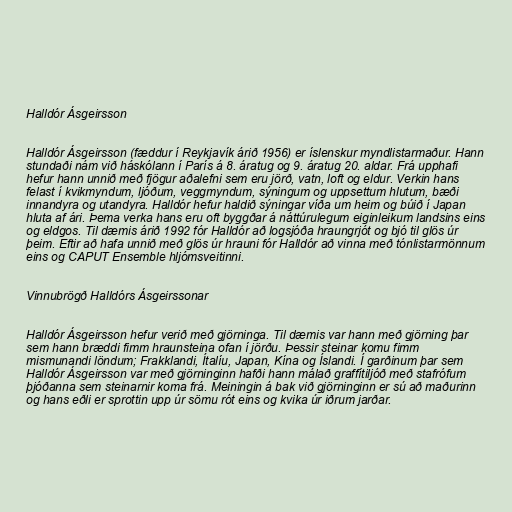
Halldór Ásgeirsson

Halldór Ásgeirsson (fæddur í Reykjavík árið 1956) er íslenskur myndlistarmaður. Hann
stundaði nám við háskólann í París á 8. áratug og 9. áratug 20. aldar. Frá upphafi
hefur hann unnið með fjögur aðalefni sem eru jörð, vatn, loft og eldur. Verkin hans
felast í kvikmyndum, ljóðum, veggmyndum, sýningum og uppsettum hlutum, bæði
innandyra og utandyra. Halldór hefur haldið sýningar víða um heim og búið í Japan
hluta af ári. Þema verka hans eru oft byggðar á náttúrulegum eiginleikum landsins eins
og eldgos. Til dæmis árið 1992 fór Halldór að logsjóða hraungrjót og bjó til glös úr
þeim. Eftir að hafa unnið með glös úr hrauni fór Halldór að vinna með tónlistarmönnum
eins og CAPUT Ensemble hljómsveitinni.

Vinnubrögð Halldórs Ásgeirssonar

Halldór Ásgeirsson hefur verið með gjörninga. Til dæmis var hann með gjörning þar
sem hann bræddi fimm hraunsteina ofan í jörðu. Þessir steinar komu fimm
mismunandi löndum; Frakklandi, Ítalíu, Japan, Kína og Íslandi. Í garðinum þar sem
Halldór Ásgeirsson var með gjörninginn hafði hann málað graffítiljóð með stafrófum
þjóðanna sem steinarnir koma frá. Meiningin á bak við gjörninginn er sú að maðurinn
og hans eðli er sprottin upp úr sömu rót eins og kvika úr iðrum jarðar.